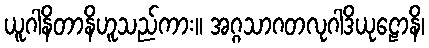
ယူဂါနိတာနိဟူသည်ကား။ အဂ္ဂသာဂတလုဂါဒိယုဠောနိ၊